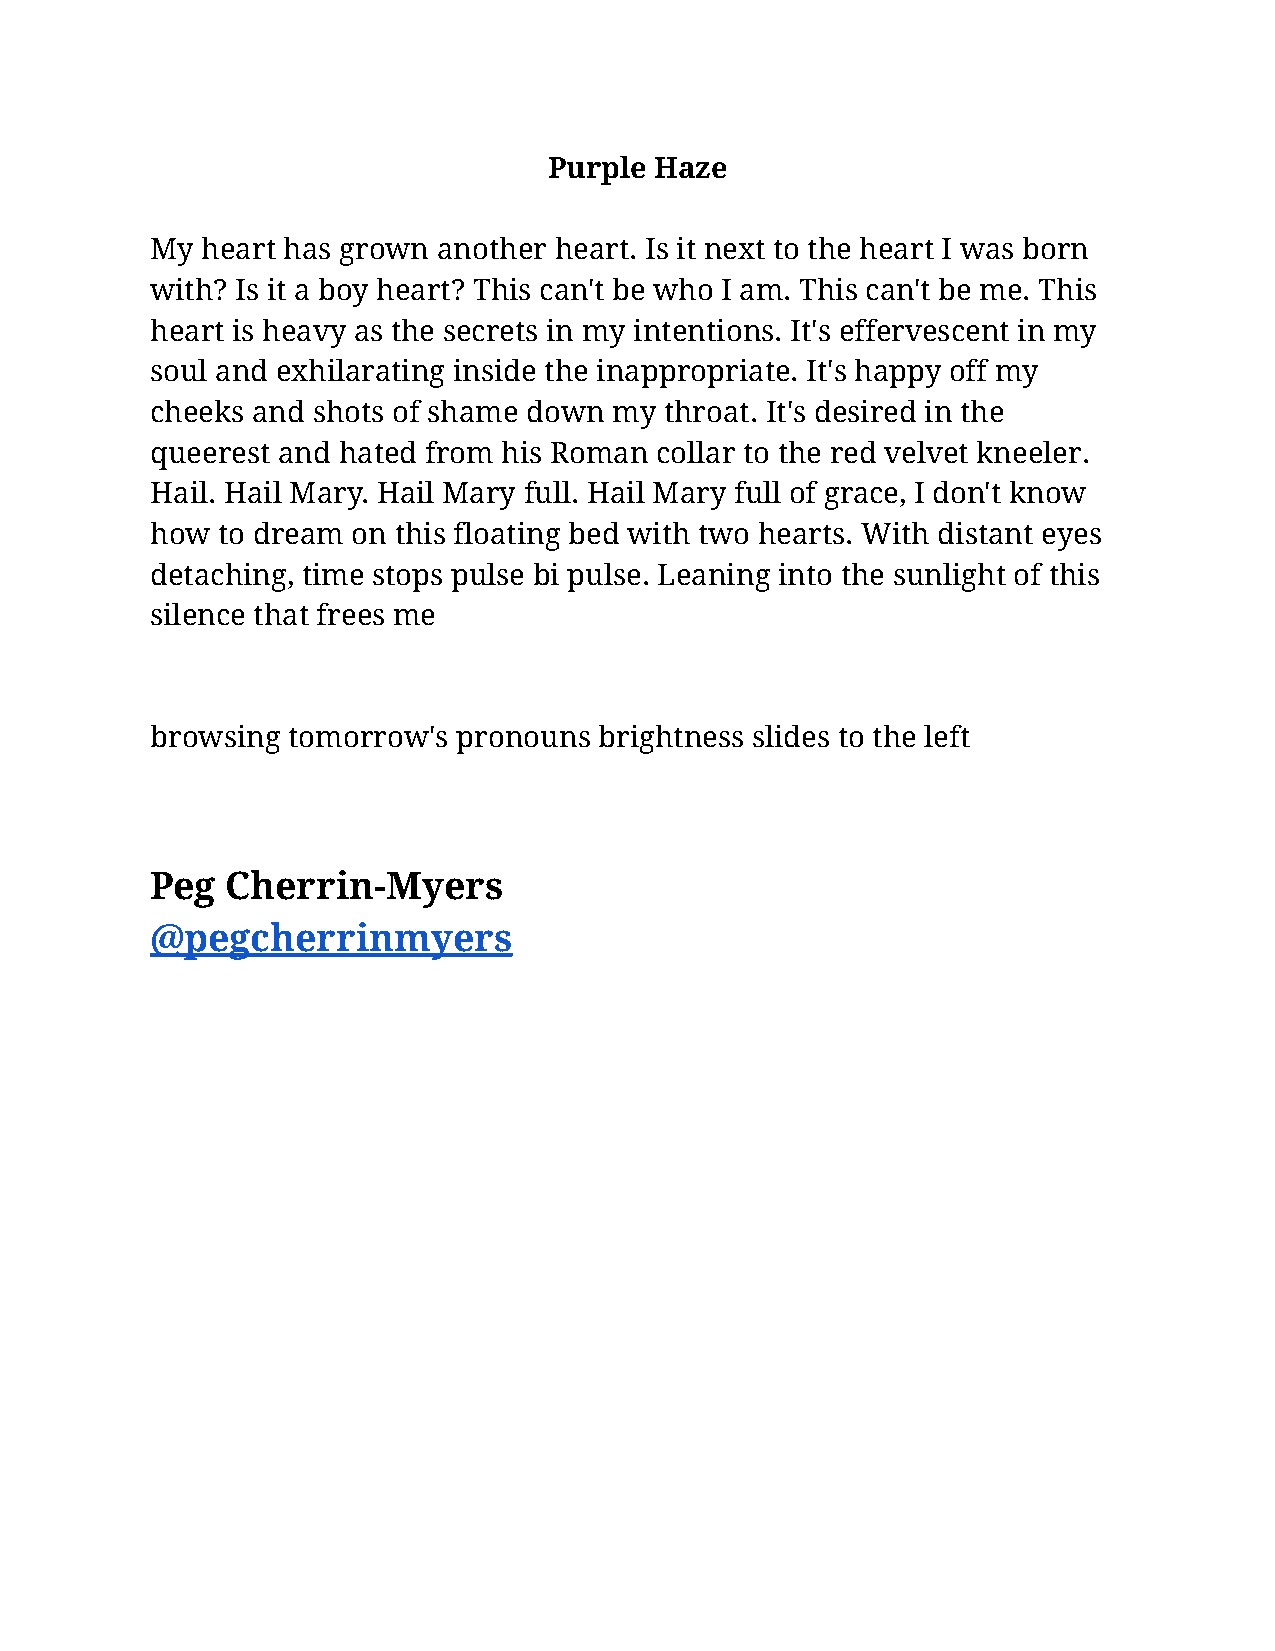
Purple Haze
 My heart has grown another heart. Is it next to the heart I was born
 with? Is it a boy heart? This can't be who I am. This can't be me. This
 heart is heavy as the secrets in my intentions. It's effervescent in my
 soul and exhilarating inside the inappropriate. It's happy off my
 cheeks and shots of shame down my throat. It's desired in the
 queerest and hated from his Roman collar to the red velvet kneeler.
 Hail. Hail Mary. Hail Mary full. Hail Mary full of grace, I don't know
 how to dream on this floating bed with two hearts. With distant eyes
 detaching, time stops pulse bi pulse. Leaning into the sunlight of this
 silence that frees me
 browsing tomorrow's pronouns  brightness slides to the left
 Peg  Cherrin-Myers
 @pegcherrinmyers